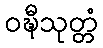
ဝဍ္ဎီသုတ္တံ